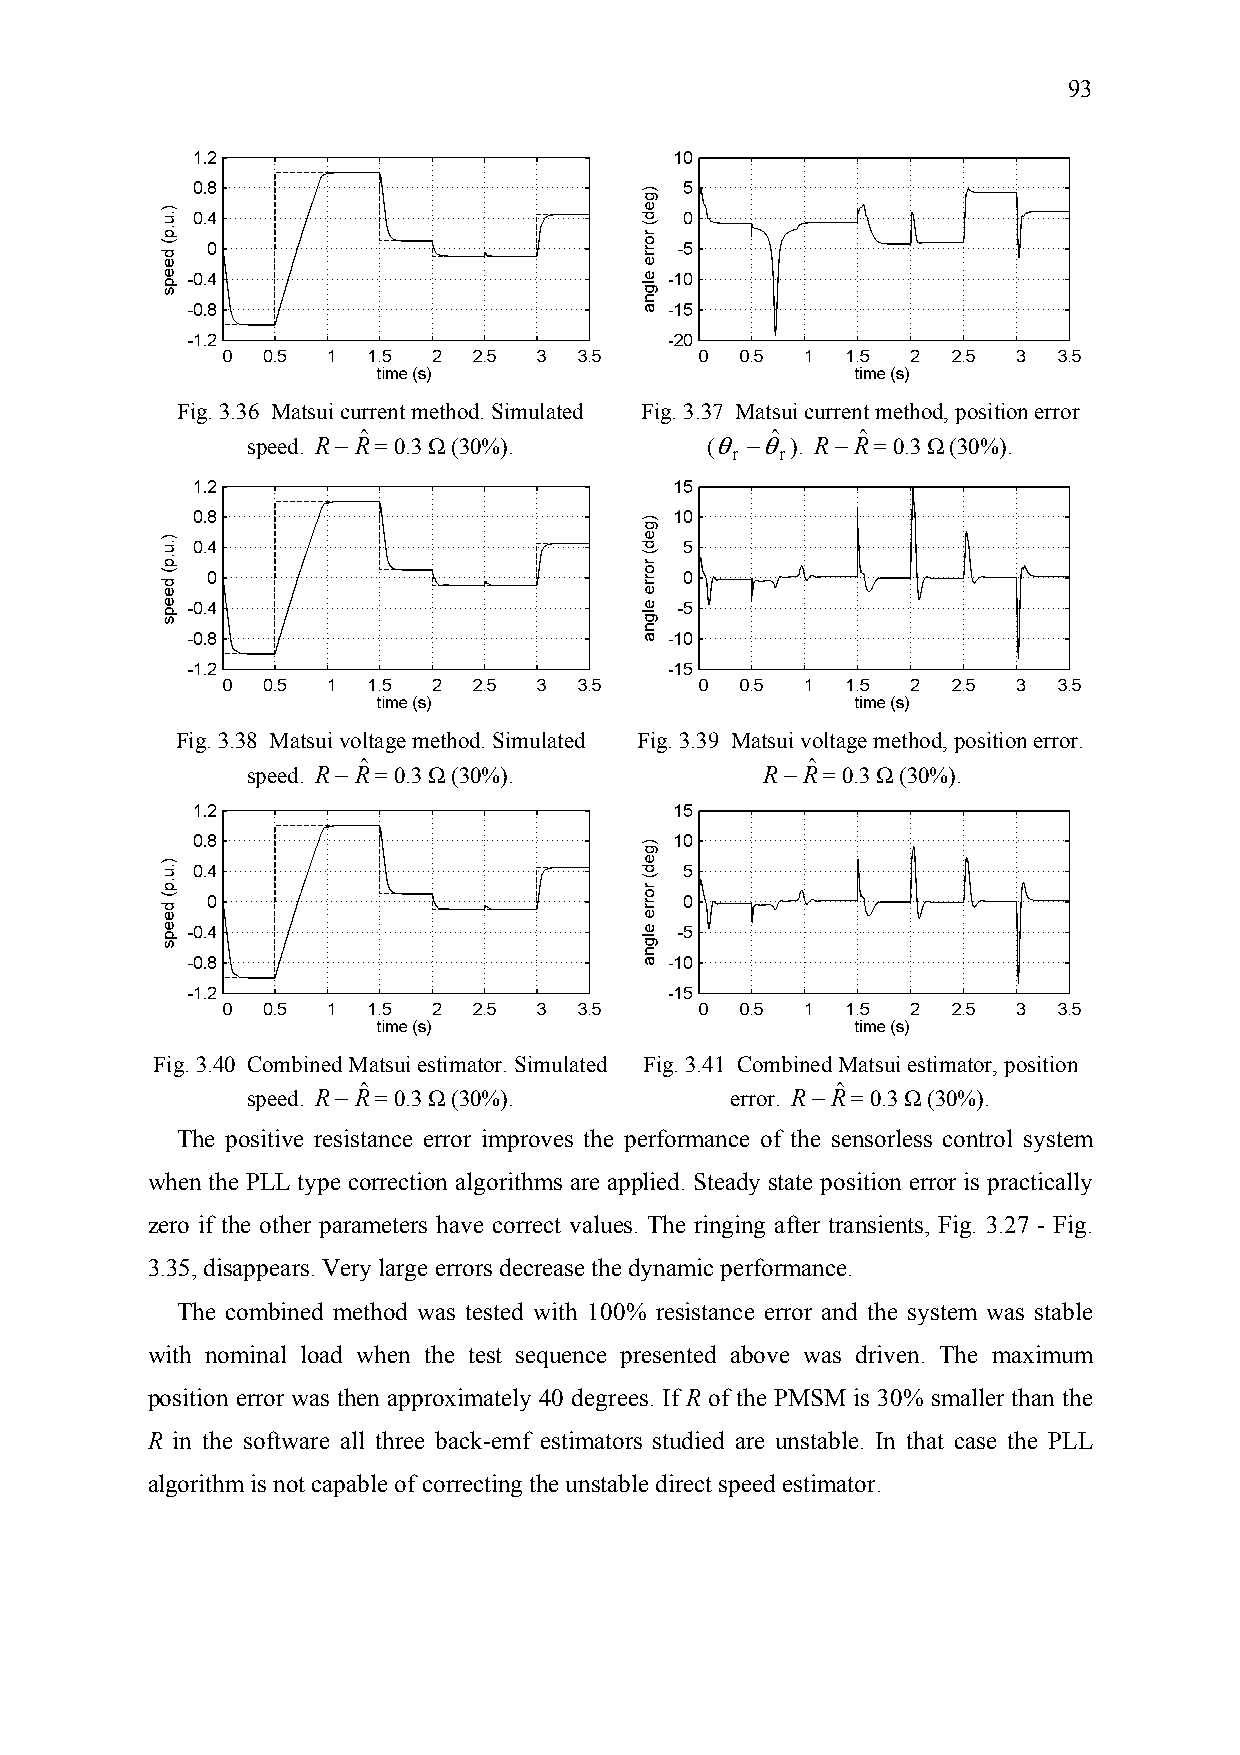
93
 Fig. 3.36 Matsui current method. Simulated Fig. 3.37 Matsui current method, position error
 speed. R−Rˆ = 0.3 Ω (30%).     (θ −θˆ ). R−Rˆ = 0.3 Ω (30%).
 r   r
 Fig. 3.38 Matsui voltage method. Simulated Fig. 3.39 Matsui voltage method, position error.
 speed. R−Rˆ = 0.3 Ω (30%).        R−Rˆ = 0.3 Ω (30%).
 Fig. 3.40 Combined Matsui estimator. Simulated Fig. 3.41 Combined Matsui estimator, position
 speed. R−Rˆ = 0.3 Ω (30%).      error. R−Rˆ = 0.3 Ω (30%).
 The positive resistance error improves the performance of the sensorless control system
 when the PLL type correction algorithms are applied. Steady state position error is practically
 zero if the other parameters have correct values. The ringing after transients, Fig. 3.27 - Fig.
 3.35, disappears. Very large errors decrease the dynamic performance.
 The combined method was tested with 100% resistance error and the system was stable
 with nominal load when the test sequence presented above was driven. The maximum
 position error was then approximately 40 degrees. If R of the PMSM is 30% smaller than the
 R in the software all three back-emf estimators studied are unstable. In that case the PLL
 algorithm is not capable of correcting the unstable direct speed estimator.